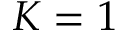
K = 1